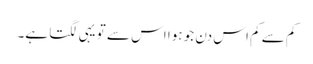
کم سے کم اس دن جو ہوا اس سے تو یہی لگتا ہے۔